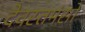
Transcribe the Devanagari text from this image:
देवस्तमंसो